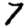
Digit: 7